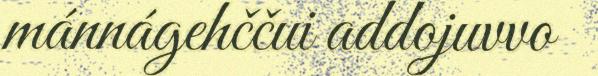
mánnágehččui addojuvvo